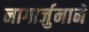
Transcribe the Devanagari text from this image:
नागार्जुनाने